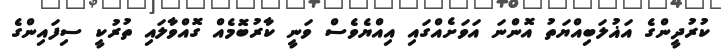
ކުރުދީންގެ އަޣުލަބިއްޔަތު އޮންނަ އަވަށެއްގައި އިއްޔެވެސް ވަނީ ކާރުބޮމެއް ގޮއްވާލައި ތުރުކީ ސިފައިންގެ